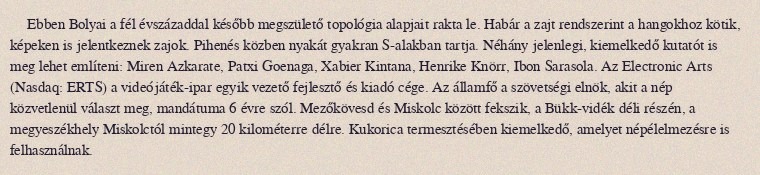
Ebben Bolyai a fél évszázaddal később megszülető topológia alapjait rakta le. Habár a zajt rendszerint a hangokhoz kötik, képeken is jelentkeznek zajok. Pihenés közben nyakát gyakran S-alakban tartja. Néhány jelenlegi, kiemelkedő kutatót is meg lehet említeni: Miren Azkarate, Patxi Goenaga, Xabier Kintana, Henrike Knörr, Ibon Sarasola. Az Electronic Arts (Nasdaq: ERTS) a videójáték-ipar egyik vezető fejlesztő és kiadó cége. Az államfő a szövetségi elnök, akit a nép közvetlenül választ meg, mandátuma 6 évre szól. Mezőkövesd és Miskolc között fekszik, a Bükk-vidék déli részén, a megyeszékhely Miskolctól mintegy 20 kilométerre délre. Kukorica termesztésében kiemelkedő, amelyet népélelmezésre is felhasználnak.